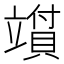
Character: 𬔪